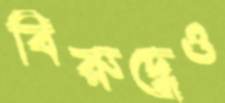
বিরুদ্ধেও